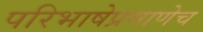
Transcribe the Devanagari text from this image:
परिभाषेप्रमाणेच